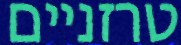
טרזניים